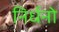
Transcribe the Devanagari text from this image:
निर्धनो